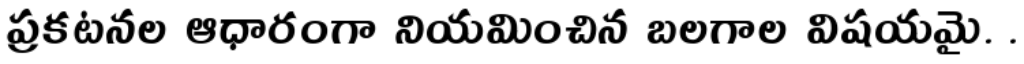
ప్రకటనల ఆధారంగా నియమించిన బలగాల విషయమై. .